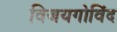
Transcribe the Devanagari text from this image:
विजयगोविंद